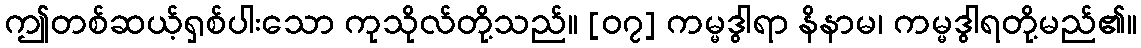
ဤတစ်ဆယ့်ရှစ်ပါးသော ကုသိုလ်တို့သည်။ [၀၇] ကမ္မဒွါရာ နိနာမ၊ ကမ္မဒွါရတို့မည်၏။